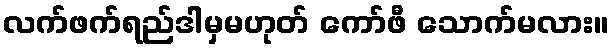
လက်ဖက်ရည်ဒါမှမဟုတ် ကော်ဖီ သောက်မလား။